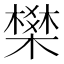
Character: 𭫽